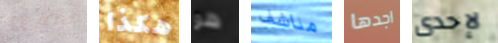
مؤقتا هكذا هو مناشف اجدها لإحدى